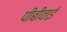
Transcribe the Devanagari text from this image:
पीबीवाई